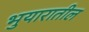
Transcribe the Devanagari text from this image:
भुयारातील